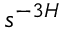
s ^ { - 3 H }